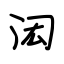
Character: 闳